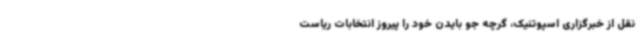
نقل از خبرگزاری اسپوتنیک، گرچه جو بایدن خود را پیروز انتخابات ریاست